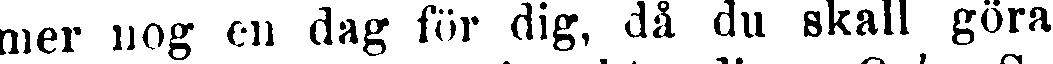
mer nog en dag för dig, då du skall göra